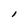
Character: I